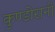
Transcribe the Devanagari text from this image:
कुण्‍डोरानी